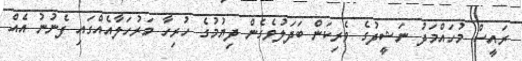
ރައީސް މުހައްމަދު ނަޝީދުގެ ވެރިކަން ބަދަލުވެގެން ދިޔުމުގެ ހުރިހާ މަރުހަލާއެއްގައި ފެނުނު އެއް